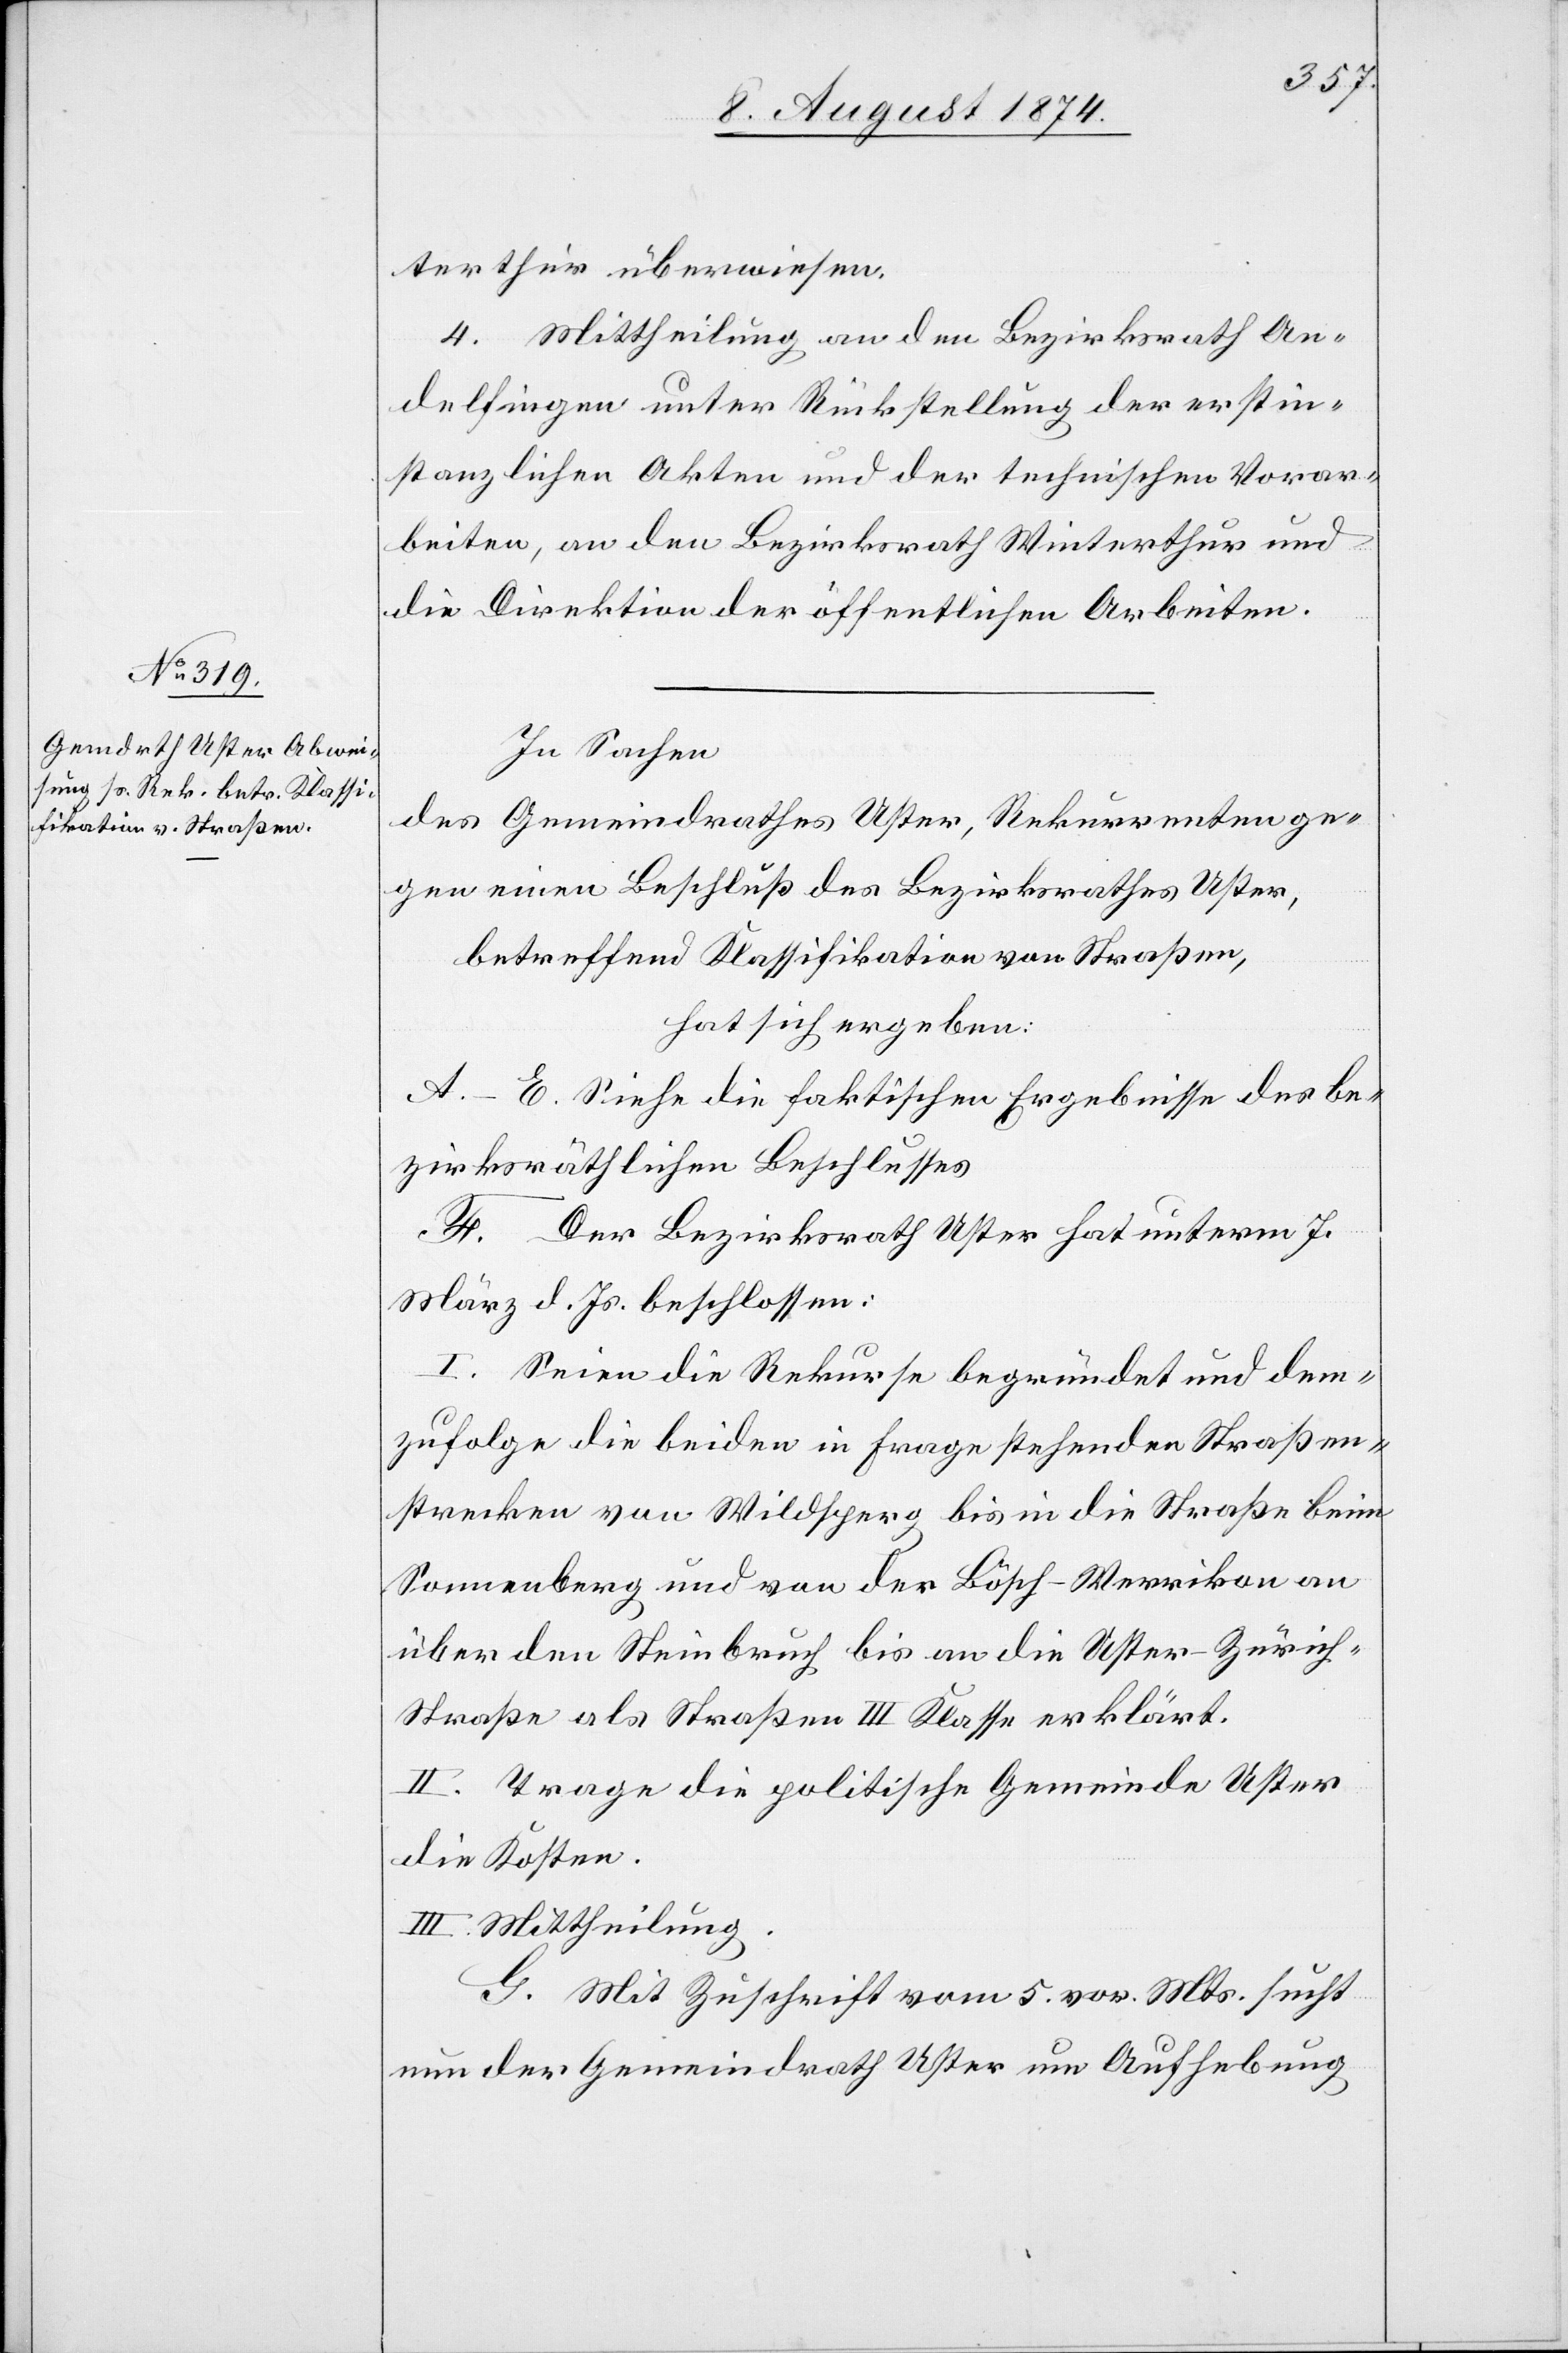
terthur überwiesen.
4. Mittheilung an den Bezirksrath An¬
delfingen unter Rückstellung der erstin¬
stanzlichen Akten und der technischen Vorar¬
beiten, an den Bezirksrath Winterthur und
die Direktion der öffentlichen Arbeiten.
In Sachen
des Gemeindrathes Uster, Rekurrenten ge¬
gen einen Beschluß des Bezirksrathes Uster,
betreffend Klassifikation von Straßen,
hat sich ergeben:
A.–E. Siehe die faktischen Ergebnisse des be¬
zirksräthlichen Beschlusses.
F. Der Bezirksrath Uster hat unterm 7.
März d. Js. beschlossen:
I. Seien die Rekurse begründet und dem¬
zufolge die beiden in Frage stehenden Straßen¬
strecken von Wildsperg bis in die Straße beim
Sonnenberg und von der Bösch-Werrikon an
über den Steinbruch bis an die Uster–Zürich-S¬
traße als Straßen III. Klasse erklärt.
II. Trage die politische Gemeinde Uster
die Kosten.
III. Mittheilung.
G. Mit Zuschrift vom 5. vor. Mts. sucht
nun der Gemeindrath Uster um Aufhebung